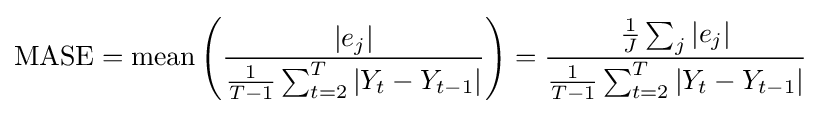
\mathrm {MASE} =\mathrm {mean} \left({\frac {\left|e_{j}\right|}{{\frac {1}{T-1}}\sum _{t=2}^{T}\left|Y_{t}-Y_{t-1}\right|}}\right)={\frac {{\frac {1}{J}}\sum _{j}\left|e_{j}\right|}{{\frac {1}{T-1}}\sum _{t=2}^{T}\left|Y_{t}-Y_{t-1}\right|}}